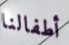
أطفالنا